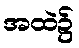
အထဲ၌